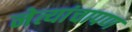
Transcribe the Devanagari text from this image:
नेत्यांचापण